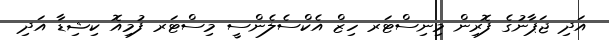
އަދި ޖަޕާނުގެ ފޮރިން މިނިސްޓަރ ހިޒް އެކްސެލެންސީ މިސްޓަރ ފުމިއޮ ކިޝިޑާ އަދި